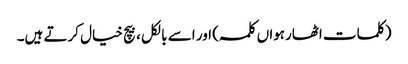
(کلمات اٹھارہواں کلمہ ) اور اسے بالکل ، بیچ خیال کرتے ہیں۔